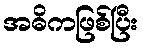
အဓိကဖြစ်ပြီး